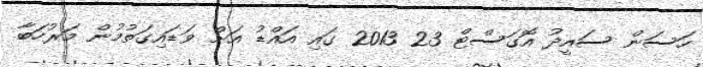
ހަސަން ސައީދު އޮގަސްޓް 23 2013 ގައި އައްޑު އަށް ވަޑައިގަތުމުން މަރުހަބާ